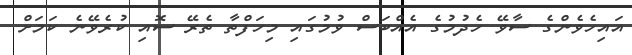
އައިހެވެންގެ ސާވޭ ހެދުމުގެ އެއްބަސް ވުމުގައި މިހަފްތާ ތެރޭ ސޮއި ކުރެވޭނެ ކަމަށް